Lunatic asylums Madras 1877-1891 - 1877-1891
Year: 1877
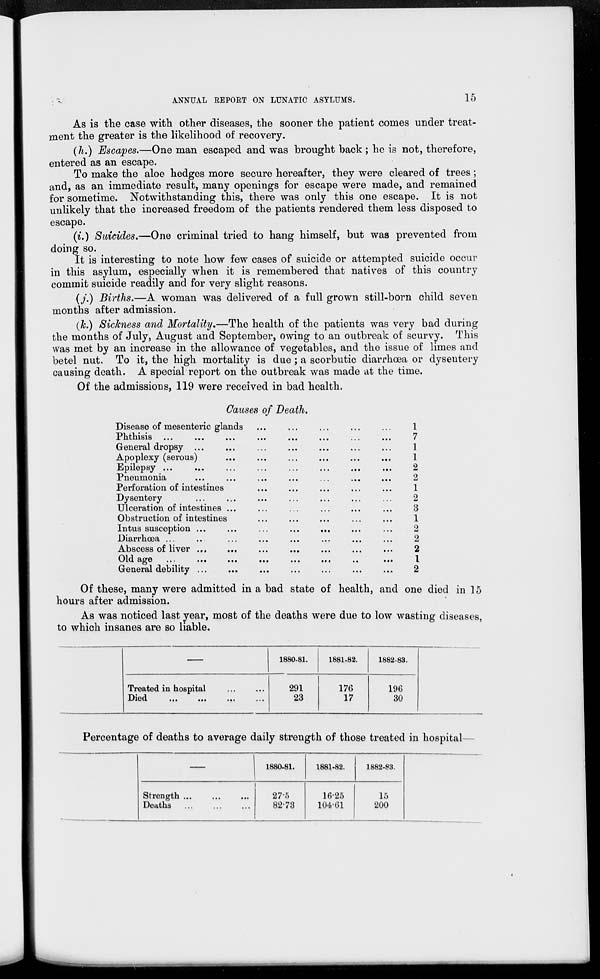
15
ANNUAL REPORT ON LUNATIC ASYLUMS.
As is the case with other diseases, the sooner the patient comes under treat-
ment the greater is the likelihood of recovery.
(h.) Escapes.—One man escaped and was brought back ; he is not, therefore,
entered as an escape.
To make the aloe hedges more secure hereafter, they were cleared of trees ;
and, as an immediate result, many openings for escape were made, and remained
for sometime. Notwithstanding this, there was only this one escape. It is not
unlikely that the increased freedom of the patients rendered them less disposed to
escape.
(i.) Suicides.—One criminal tried to hang himself, but was prevented from
doing so.
It is interesting to note how few cases of suicide or attempted suicide occur
in this asylum, especially when it is remembered that natives of this country
commit suicide readily and for very slight reasons.
(j.) Births.—A woman was delivered of a full grown still-born child seven
months after admission.
(k.) Sickness and Mortality.—The health of the patients was very bad during
the months of July, August and September, owing to an outbreak of scurvy. This
was met by an increase in the allowance of vegetables, and the issue of limes and
betel nut. To it, the high mortality is due ; a scorbutic diarrhœa or dysentery
causing death. A special report on the outbreak was made at the time.
Of the admissions, 119 were received in bad health.
Causes of Death.
Disease of mesenteric glands ... ... ... ... ...
Phthisis ... ... ... ... ... ... ... ...
General dropsy
...
...
...
...
...
...
...
Apoplexy (serous) ... ... ... ... ... ...
Epilepsy ... ... ... ... ... ... ... ...
Pneumonia ... ... ... ... ... ... ...
Perforation of intestines ... ... ... ... ...
Dysentery ... ... ... ... ... ... ...
Ulceration of intestines ... ... ... ... ... ...
Obstruction of intestines ... ... ... ... ...
Intussusception ... ... ... ... ... ... ... ...
Diarrhœa ... ... ... ... ... ... ... ..
Abscess of liver ... ... ... ... ... ... ...
Old age ... ... ... ... ... ... ... ...
General debility ... ... ... ... ... ... ...
1
7
1
1
2
2
1
2
3
1
2
2
2
1
2
Of these, many were admitted in a bad state of health, and one died in 15
hours after admission.
As was noticed last year, most of the deaths were due to low wasting diseases,
to which insanes are so liable.
—
Treated in hospital ... ...
Died ... ... ... ...
1880-81.
291
23
1881-82.
176
17
1882.83.
196
30
Percentage of deaths to average daily strength of those treated in hospital—
-
Strength ... ... ...
Deaths ... ... ...
1880-81.
27.5
82.73
1881-82.
16.25
104.61
1882-83.
15
200